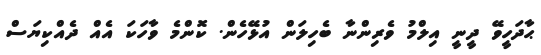
ޙާދަހީވޭ ދީނީ އިލްމު ވެރިންނާ ބެހިލަން އުޅޭހެން. ކޮންމެ ވާހަކަ އެއް ދެއްކިޔަސް